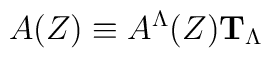
A(Z) \equiv A^\Lambda(Z)  {\bf T}_\Lambda\,